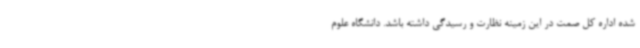
شده اداره کل صمت در این زمینه نظارت و رسیدگی داشته باشد. دانشگاه علوم